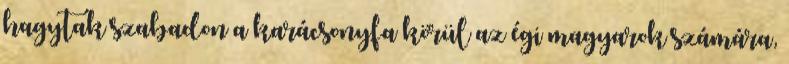
hagytak szabadon a karácsonyfa körül az égi magyarok számára,